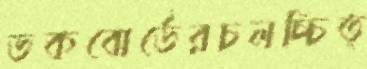
ডকবোর্ডেরচলচ্চিত্